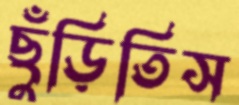
ছুঁড়িতিস